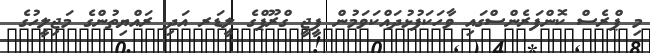
މި ޕްރެސް ކޮޮންފަރެންސްގައި ވާހަކަފުޅުދައްކަވަމުން ޕީޖީ ގްރޫޕްގެ ލީޑަރ އަދި ރައްޔިތުންގެ މަޖިލީހުގެ